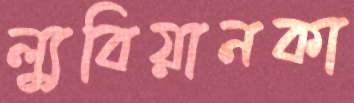
ল্যুবিয়ানকা